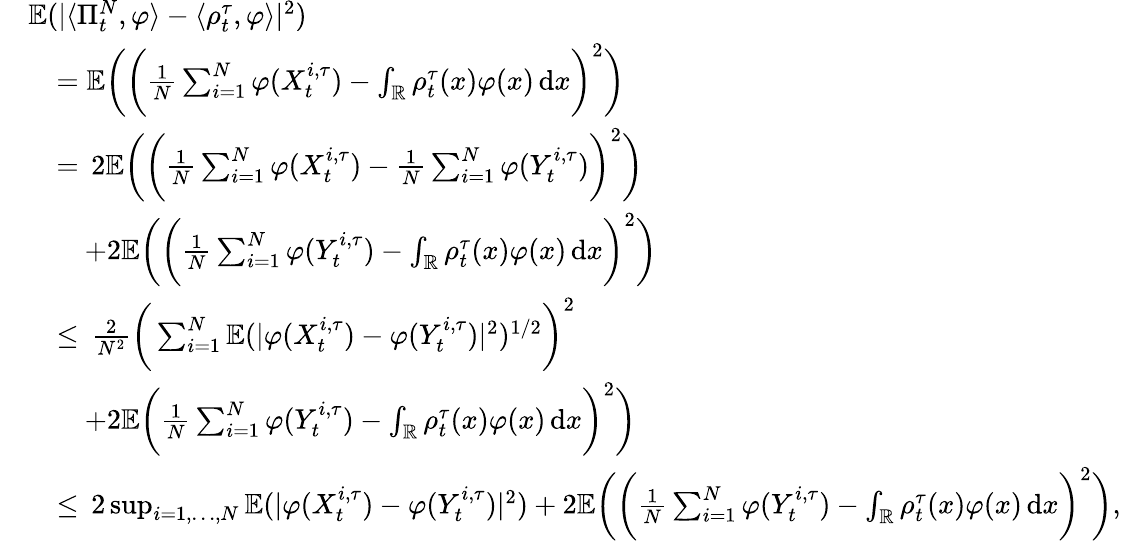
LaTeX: \begin{array}{rl}&{\mathbb{E}(|\langle\Pi_{t}^{N},\varphi\rangle-\langle\rho_{t}^{\tau},\varphi\rangle|^{2})}\\ &{\quad=\mathbb{E}\bigg(\bigg(\frac{1}{N}\sum_{i=1}^{N}\varphi(X_{t}^{i,\tau})-\int_{\mathbb{R}}\rho_{t}^{\tau}(x)\varphi(x)\, \mathrm{d}x\bigg)^{2}\bigg)}\\ &{\quad=\, 2\mathbb{E}\bigg(\bigg(\frac{1}{N}\sum_{i=1}^{N}\varphi(X_{t}^{i,\tau})-\frac{1}{N}\sum_{i=1}^{N}\varphi(Y_{t}^{i,\tau})\bigg)^{2}\bigg)}\\ &{\quad\quad+2\mathbb{E}\bigg(\bigg(\frac{1}{N}\sum_{i=1}^{N}\varphi(Y_{t}^{i,\tau})-\int_{\mathbb{R}}\rho_{t}^{\tau}(x)\varphi(x)\, \mathrm{d}x\bigg)^{2}\bigg)}\\ &{\quad\le\, \frac{2}{N^{2}}\bigg(\sum_{i=1}^{N}\mathbb{E}(|\varphi(X_{t}^{i,\tau})-\varphi(Y_{t}^{i,\tau})|^{2})^{1/2}\bigg)^{2}}\\ &{\quad\quad+2\mathbb{E}\bigg(\frac{1}{N}\sum_{i=1}^{N}\varphi(Y_{t}^{i,\tau})-\int_{\mathbb{R}}\rho_{t}^{\tau}(x)\varphi(x)\, \mathrm{d}x\bigg)^{2}\bigg)}\\ &{\quad\le\, 2\operatorname*{sup}_{i=1,\ldots,N}\mathbb{E}(|\varphi(X_{t}^{i,\tau})-\varphi(Y_{t}^{i,\tau})|^{2})+2\mathbb{E}\bigg(\bigg(\frac{1}{N}\sum_{i=1}^{N}\varphi(Y_{t}^{i,\tau})-\int_{\mathbb{R}}\rho_{t}^{\tau}(x)\varphi(x)\, \mathrm{d}x\bigg)^{2}\bigg),}\end{array}